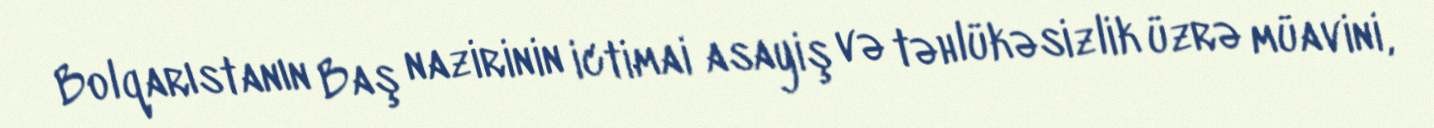
Bolqarıstanın Baş nazirinin ictimai asayiş və təhlükəsizlik üzrə müavini,